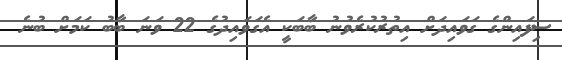
ސިފައިންގެ ގަވައިދަށް އިތުރުކުރެވުނު ބާބަކީ އެގަވައިދުގެ 22 ވަނަ ބާބު ކަމަށް ބުނެ